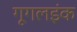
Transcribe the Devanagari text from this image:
गूगलइंक